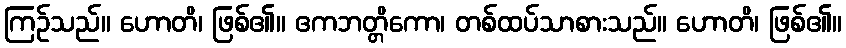
ကြဉ်သည်။ ဟောတိ၊ ဖြစ်၏။ ဧကဘတ္တိကော၊ တစ်ထပ်သာစားသည်။ ဟောတိ၊ ဖြစ်၏။